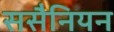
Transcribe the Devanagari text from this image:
ससैनियन